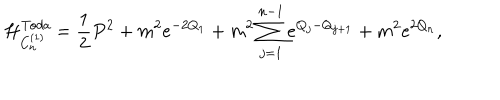
\mathcal { H } _ { C _ { n } ^ { ( 1 ) } } ^ { \mathit { T o d a } } = { \frac { 1 } { 2 } } P ^ { 2 } + m ^ { 2 } e ^ { - 2 Q _ { 1 } } + m ^ { 2 } \sum _ { j = 1 } ^ { n - 1 } e ^ { Q _ { j } - Q _ { j + 1 } } + m ^ { 2 } e ^ { 2 Q _ { n } } ,